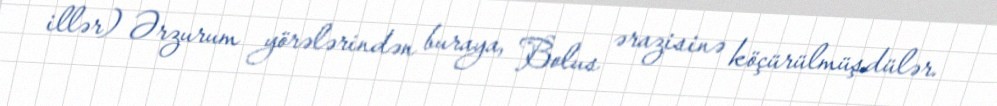
illər) Ərzurum yörələrindən buraya, Bolus ərazisinə köçürülmüşdülər.